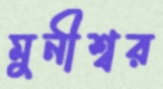
মুনীশ্বর